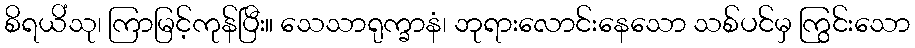
စိရယိံသု၊ ကြာမြင့်ကုန်ပြီး။ သေသာရုက္ခာနံ၊ ဘုရားလောင်းနေသော သစ်ပင်မှ ကြွင်းသော